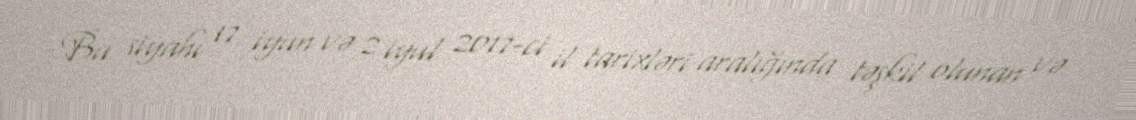
Bu siyahı 17 iyun və 2 iyul 2017-ci il tarixləri aralığında təşkil olunan və